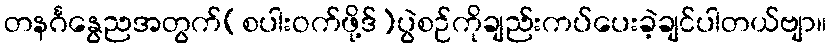
တနင်္ဂနွေညအတွက်(စပါးဝက်ဖို့ဒ်)ပွဲစဉ်ကိုချည်းကပ်ပေးခဲ့ချင်ပါတယ်ဗျာ။